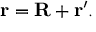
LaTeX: \mathbf { r } = \mathbf { R } + \mathbf { r } ^ { \prime } .